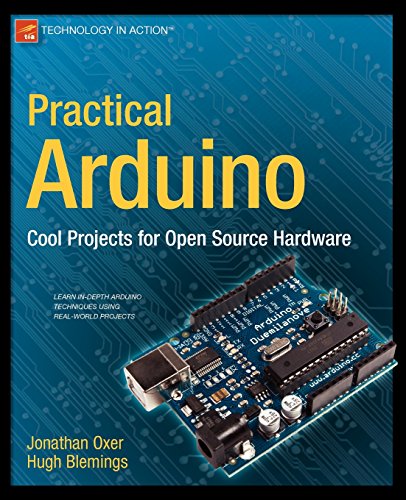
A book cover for Practical Arduino: Cool Projects for Open Source Hardware (Technology in Action); Jonathan Oxer; Computers & Technology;